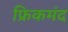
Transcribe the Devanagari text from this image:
फ्रिकमंद